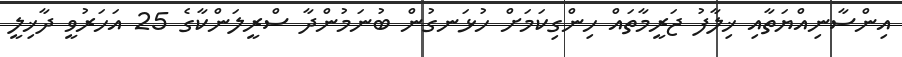
އިންސާނިއްޔަތާއި ޚިލާފު ޖަރީމާތައް ހިންގިކަމަށް ހުޅަނގުން ބުނަމުންދާ ސްރީލަންކާގެ 25 އަހަރުވީ ދާޚިލީ